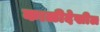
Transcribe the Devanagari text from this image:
काळीदेखील